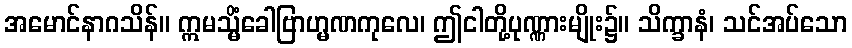
အမောင်နာဂသိန်။ ဣမသ္မိံခေါဗြာဟ္မဏကုလေ၊ ဤငါတို့ပုဏ္ဏားမျိုး၌။ သိက္ခာနံ၊ သင်အပ်သော